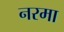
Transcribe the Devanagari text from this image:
नरमा